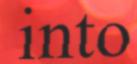
into